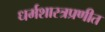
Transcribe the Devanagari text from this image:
धर्मशास्त्रप्रणीत